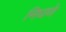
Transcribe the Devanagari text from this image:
निघणे